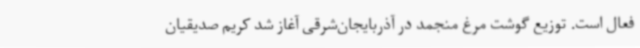
فعال است. توزیع گوشت مرغ منجمد در آذربایجان‌شرقی آغاز شد کریم صدیقیان